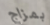
بمزاج